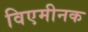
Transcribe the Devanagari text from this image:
विएमीनक